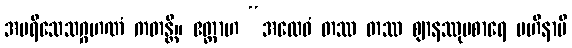
အပရိသေသဂ္ဂဟဏံ ကတန္တိ။ ဧတ္ထာဟ “အထေဝံ တဿ တဿ ဈာနဿုပစာရေ ပဟီနာပိ